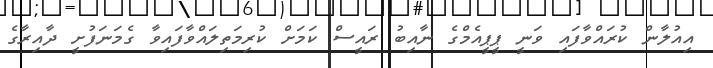
އިއުލާން ކުރައްވާފައި ވަނީ ޕީޕީއެމްގެ ނާއިބު ރައީސް ކަމަށް ކުރިމަތިލައްވާފައިވާ ގެމަނަފުށީ ދާއިރާގެ